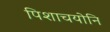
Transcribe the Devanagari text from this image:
पिशाचयोनि